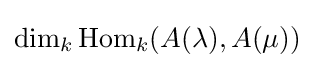
\dim _{k}\operatorname {Hom} _{k}(A(\lambda ),A(\mu ))